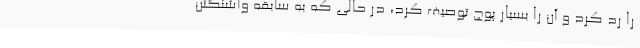
را رد کرد و آن را بسیار پوچ توصیف کرد، در حالی که به سابقه واشنگتن